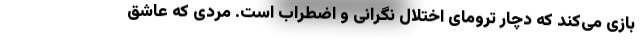
بازی می‌کند که دچار ترومای اختلال نگرانی و اضطراب است. مردی که عاشق